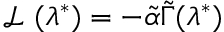
\mathcal { L } _ { \textrm { } } ( \lambda ^ { * } ) = - \tilde { \alpha } \tilde { \Gamma } ( \lambda ^ { * } )